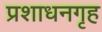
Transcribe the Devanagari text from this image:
प्रशाधनगृह